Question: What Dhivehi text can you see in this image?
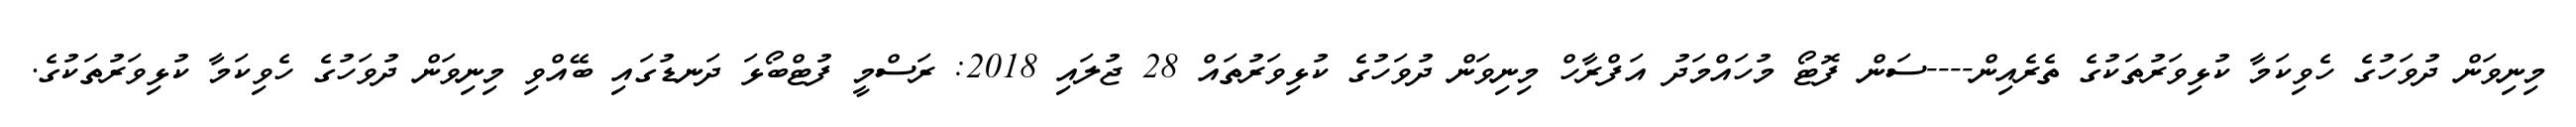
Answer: މިނިވަން ދުވަހުގެ ހެވިކަމާ ކުޅިވަރުތަކުގެ ތެރެއިން----ސަން ފޮޓޯ މުހައްމަދު އަފްރާހް މިނިވަން ދުވަހުގެ ކުޅިވަރުތައް 28 ޖުލައި 2018: ރަސްމީ ފުޓްބޯޅަ ދަނޑުގައި ބޭއްވި މިނިވަން ދުވަހުގެ ހެވިކަމާ ކުޅިވަރުތަކުގެ.